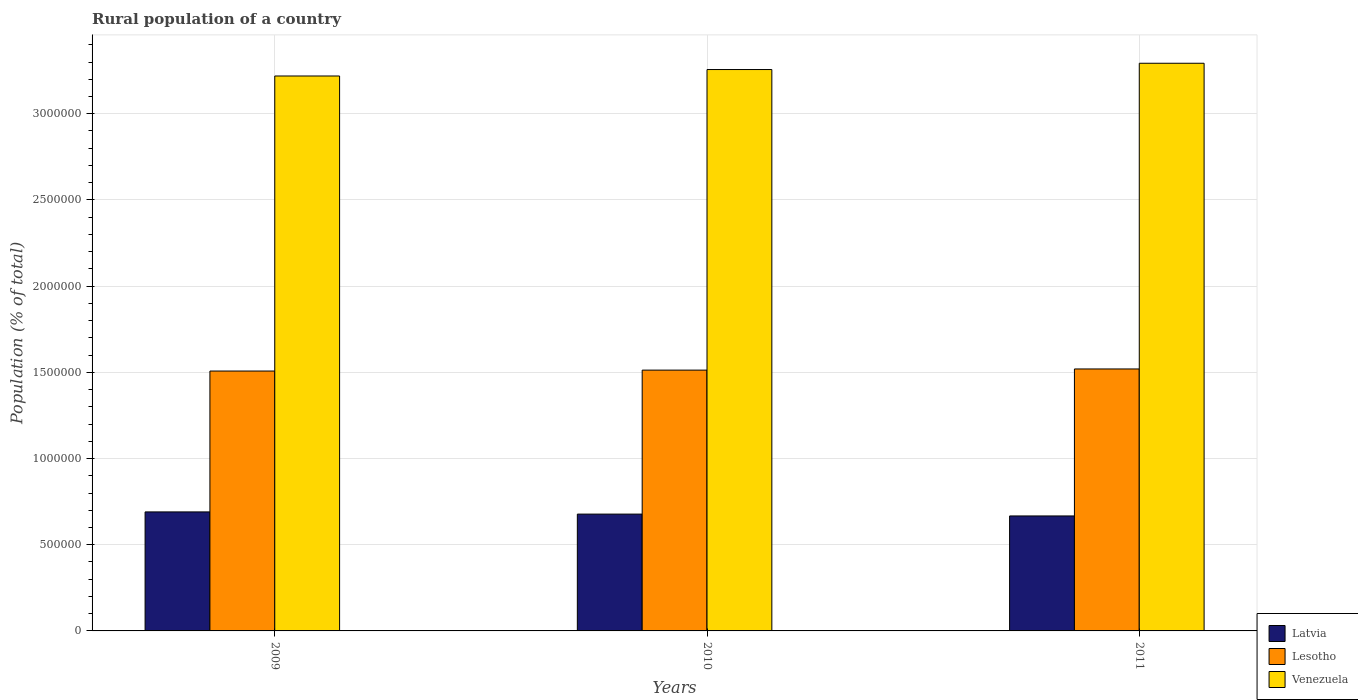
| Years | Latvia | Lesotho | Venezuela |
 | --- | --- | --- | --- |
 | 2009 | 6.9e+05 | 1.51e+06 | 3.22e+06 |
 | 2010 | 6.78e+05 | 1.51e+06 | 3.26e+06 |
 | 2011 | 6.67e+05 | 1.52e+06 | 3.29e+06 |